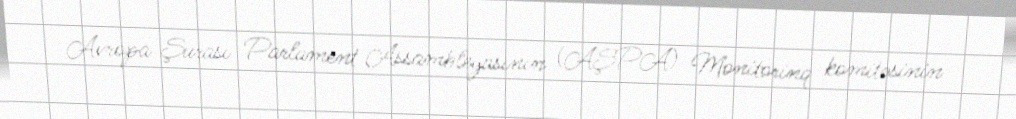
Avropa Şurası Parlament Assambleyasının (AŞPA) Monitorinq komitəsinin